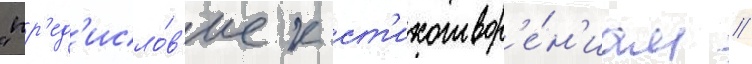
"пр'ед'исло́в'ие к ст'ихотвор'е́н'иам /